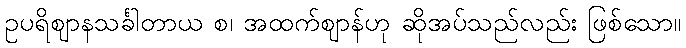
ဥပရိဈာနသင်္ခါတာယ စ၊ အထက်ဈာန်ဟု ဆိုအပ်သည်လည်း ဖြစ်သော။